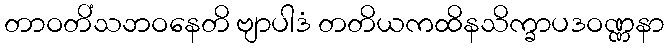
တာဝတိံသဘဝနေတိ ဗျာပါဒံ တတိယကထိနသိက္ခာပဒဝဏ္ဏနာ